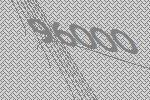
96000